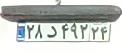
۲۸د۴۹۲۲۴